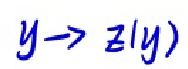
$y \to z(y)$